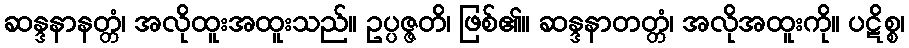
ဆန္ဒနာနတ္တံ၊ အလိုထူးအထူးသည်။ ဥပ္ပဇ္ဇတိ၊ ဖြစ်၏။ ဆန္ဒနာတတ္တံ၊ အလိုအထူးကို။ ပဋိစ္စ၊